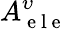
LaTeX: A_{\mathrm{~e~l~e~}}^{\upsilon}